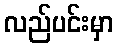
လည်ပင်းမှာ